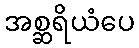
အစ္ဆရိယံပေ